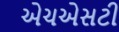
એચએસટી